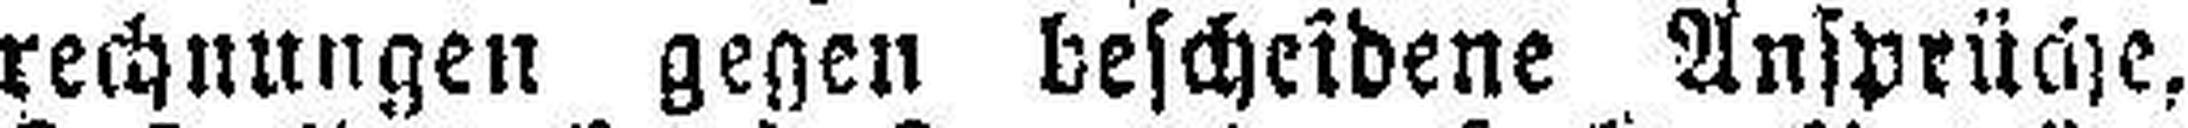
rechnungen gegen bescheidene Ansprüche,